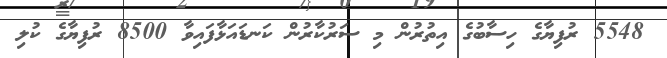
5548 ރުފިޔާގެ ހިސާބުގެ އިތުރުން މި ސަރުކާރުން ކަނޑައަޅާފައިވާ 8500 ރުފިޔާގެ ކުލި